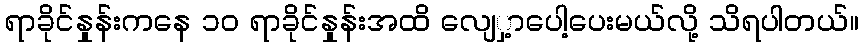
ရာခိုင်နှုန်းကနေ ၁၀ ရာခိုင်နှုန်းအထိ လျေှ့ာပေါ့ပေးမယ်လို့ သိရပါတယ်။